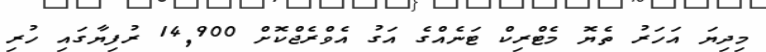
މިދިޔަ އަހަރު ތެޔޮ މެޓްރިކް ޓަނެއްގެ އަގު އެވްރެޖްކޮށް 14